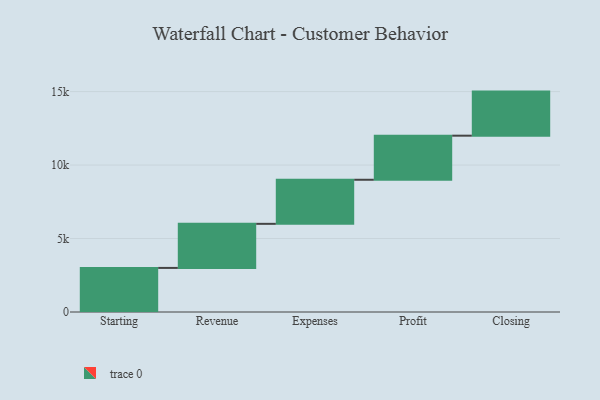
{"axis": {"x": "Step", "y": "Value"}, "legend": [""], "data": [{"x": "Starting", "y": 3000, "type": ""}, {"x": "Revenue", "y": 3000, "type": ""}, {"x": "Expenses", "y": 3000, "type": ""}, {"x": "Profit", "y": 3000, "type": ""}, {"x": "Closing", "y": 3000, "type": ""}]}